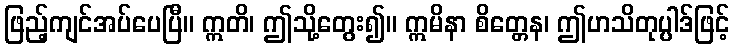
ဖြည့်ကျင်အပ်ပေပြီ။ ဣတိ၊ ဤသို့တွေး၍။ ဣမိနာ စိတ္တေန၊ ဤဟသိတုပ္ပါဒ်ဖြင့်